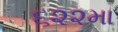
૬૨૨મા